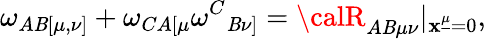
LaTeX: \omega_{A\mathit{B}[\mu,\nu]}+\omega_{CA[\mu}\omega^{C}{}_{\mathit{B}\nu]}={\calR}_{A\mathit{B}\mu\nu}|_{\mathbf{x}^{\underline{{{\mu}}}}=0},